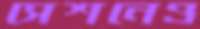
সেশনেও